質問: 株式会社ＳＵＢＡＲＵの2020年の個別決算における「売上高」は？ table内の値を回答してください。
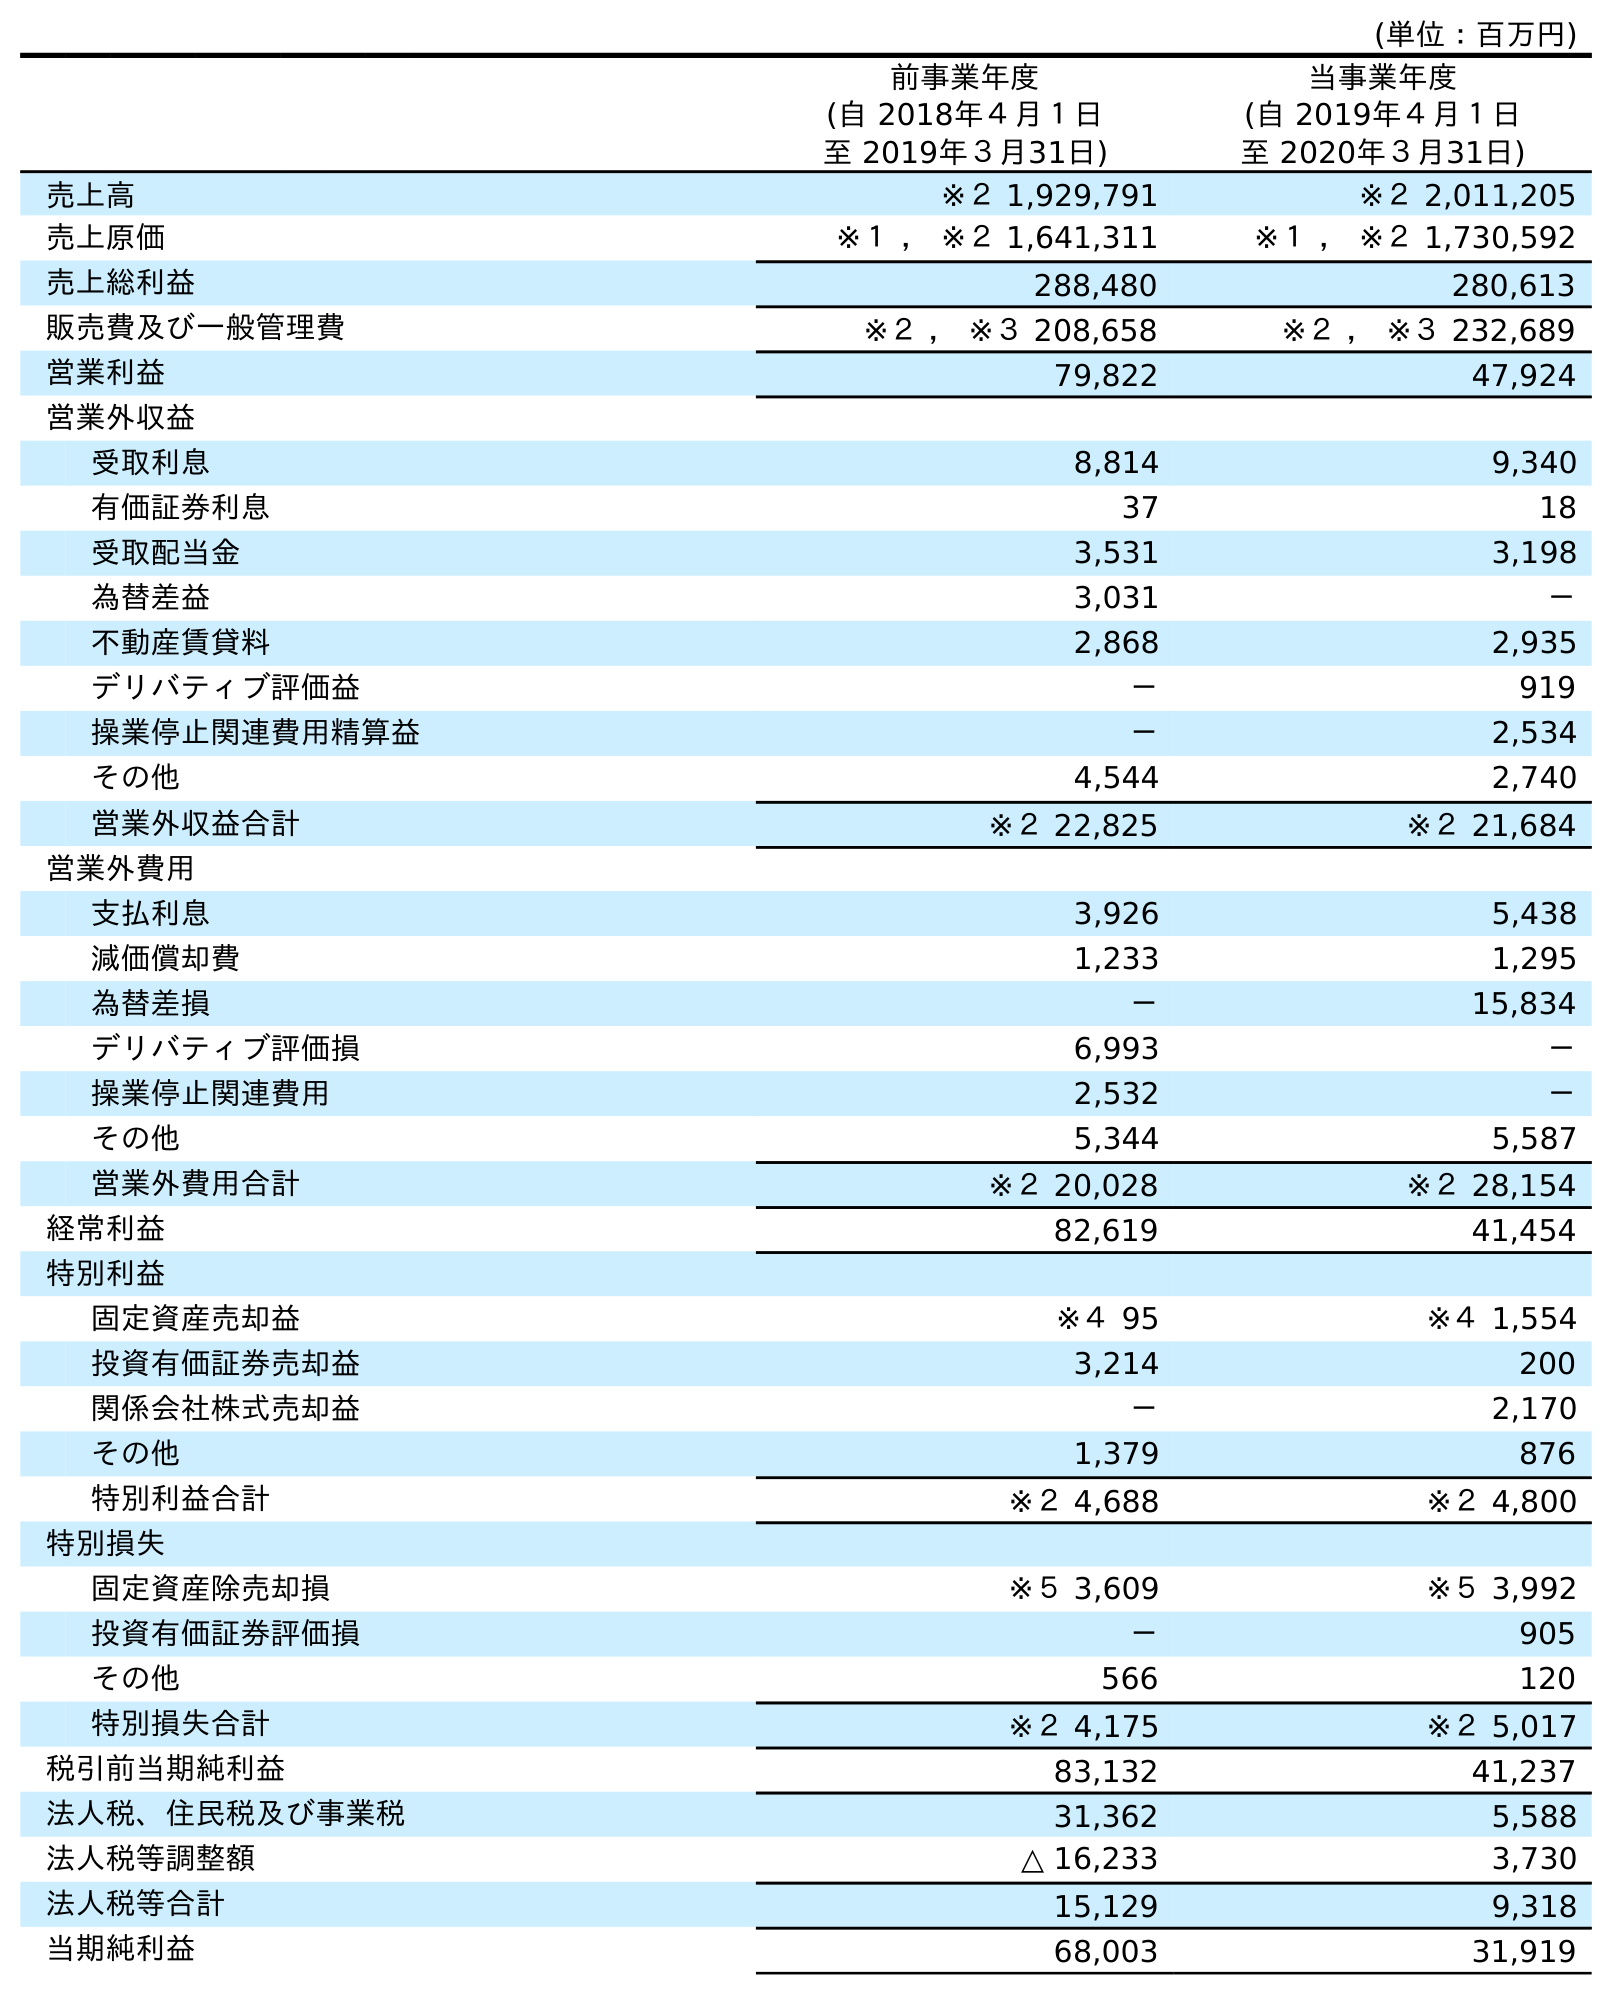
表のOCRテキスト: (単位：百万円) 前事業年度 (自 2018年４月１日 至 2019年３月31日) 当事業年度 (自 2019年４月１日 至 2020年３月31日) 売上高 ※２ 1,929,791 ※２ 2,011,205 売上原価 ※１ ， ※２ 1,641,311 ※１ ， ※２ 1,730,592 売上総利益 288,480 280,613 販売費及び一般管理費 ※２ ， ※３ 208,658 ※２ ， ※３ 232,689 営業利益 79,822 47,924 営業外収益 受取利息 8,814 9,340 有価証券利息 37 18 受取配当金 3,531 3,198 為替差益 3,031 － 不動産賃貸料 2,868 2,935 デリバティブ評価益 － 919 操業停止関連費用精算益 － 2,534 その他 4,544 2,740 営業外収益合計 ※２ 22,825 ※２ 21,684 営業外費用 支払利息 3,926 5,438 減価償却費 1,233 1,295 為替差損 － 15,834 デリバティブ評価損 6,993 － 操業停止関連費用 2,532 － その他 5,344 5,587 営業外費用合計 ※２ 20,028 ※２ 28,154 経常利益 82,619 41,454 特別利益 固定資産売却益 ※４ 95 ※４ 1,554 投資有価証券売却益 3,214 200 関係会社株式売却益 － 2,170 その他 1,379 876 特別利益合計 ※２ 4,688 ※２ 4,800 特別損失 固定資産除売却損 ※５ 3,609 ※５ 3,992 投資有価証券評価損 － 905 その他 566 120 特別損失合計 ※２ 4,175 ※２ 5,017 税引前当期純利益 83,132 41,237 法人税、住民税及び事業税 31,362 5,588 法人税等調整額 △ 16,233 3,730 法人税等合計 15,129 9,318 当期純利益 68,003 31,919
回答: ※２2,011,205